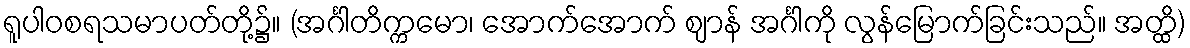
ရူပါဝစရသမာပတ်တို့၌။ (အင်္ဂါတိက္ကမော၊ အောက်အောက် ဈာန် အင်္ဂါကို လွန်မြောက်ခြင်းသည်။ အတ္ထိ)